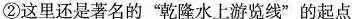
②这里还是著名的”乾隆水上游览线”的起点